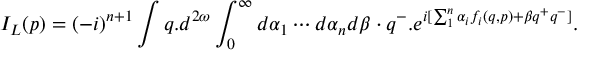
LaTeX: I _ { L } ( p ) = ( - i ) ^ { n + 1 } \int q . d ^ { 2 \omega } \int _ { 0 } ^ { \infty } d \alpha _ { 1 } \cdots d \alpha _ { n } d \beta \cdot q ^ { - } . e ^ { i [ \sum _ { 1 } ^ { n } \alpha _ { i } f _ { i } ( q , p ) + \beta q ^ { + } q ^ { - } ] } .